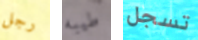
رجل طيبه تسجل